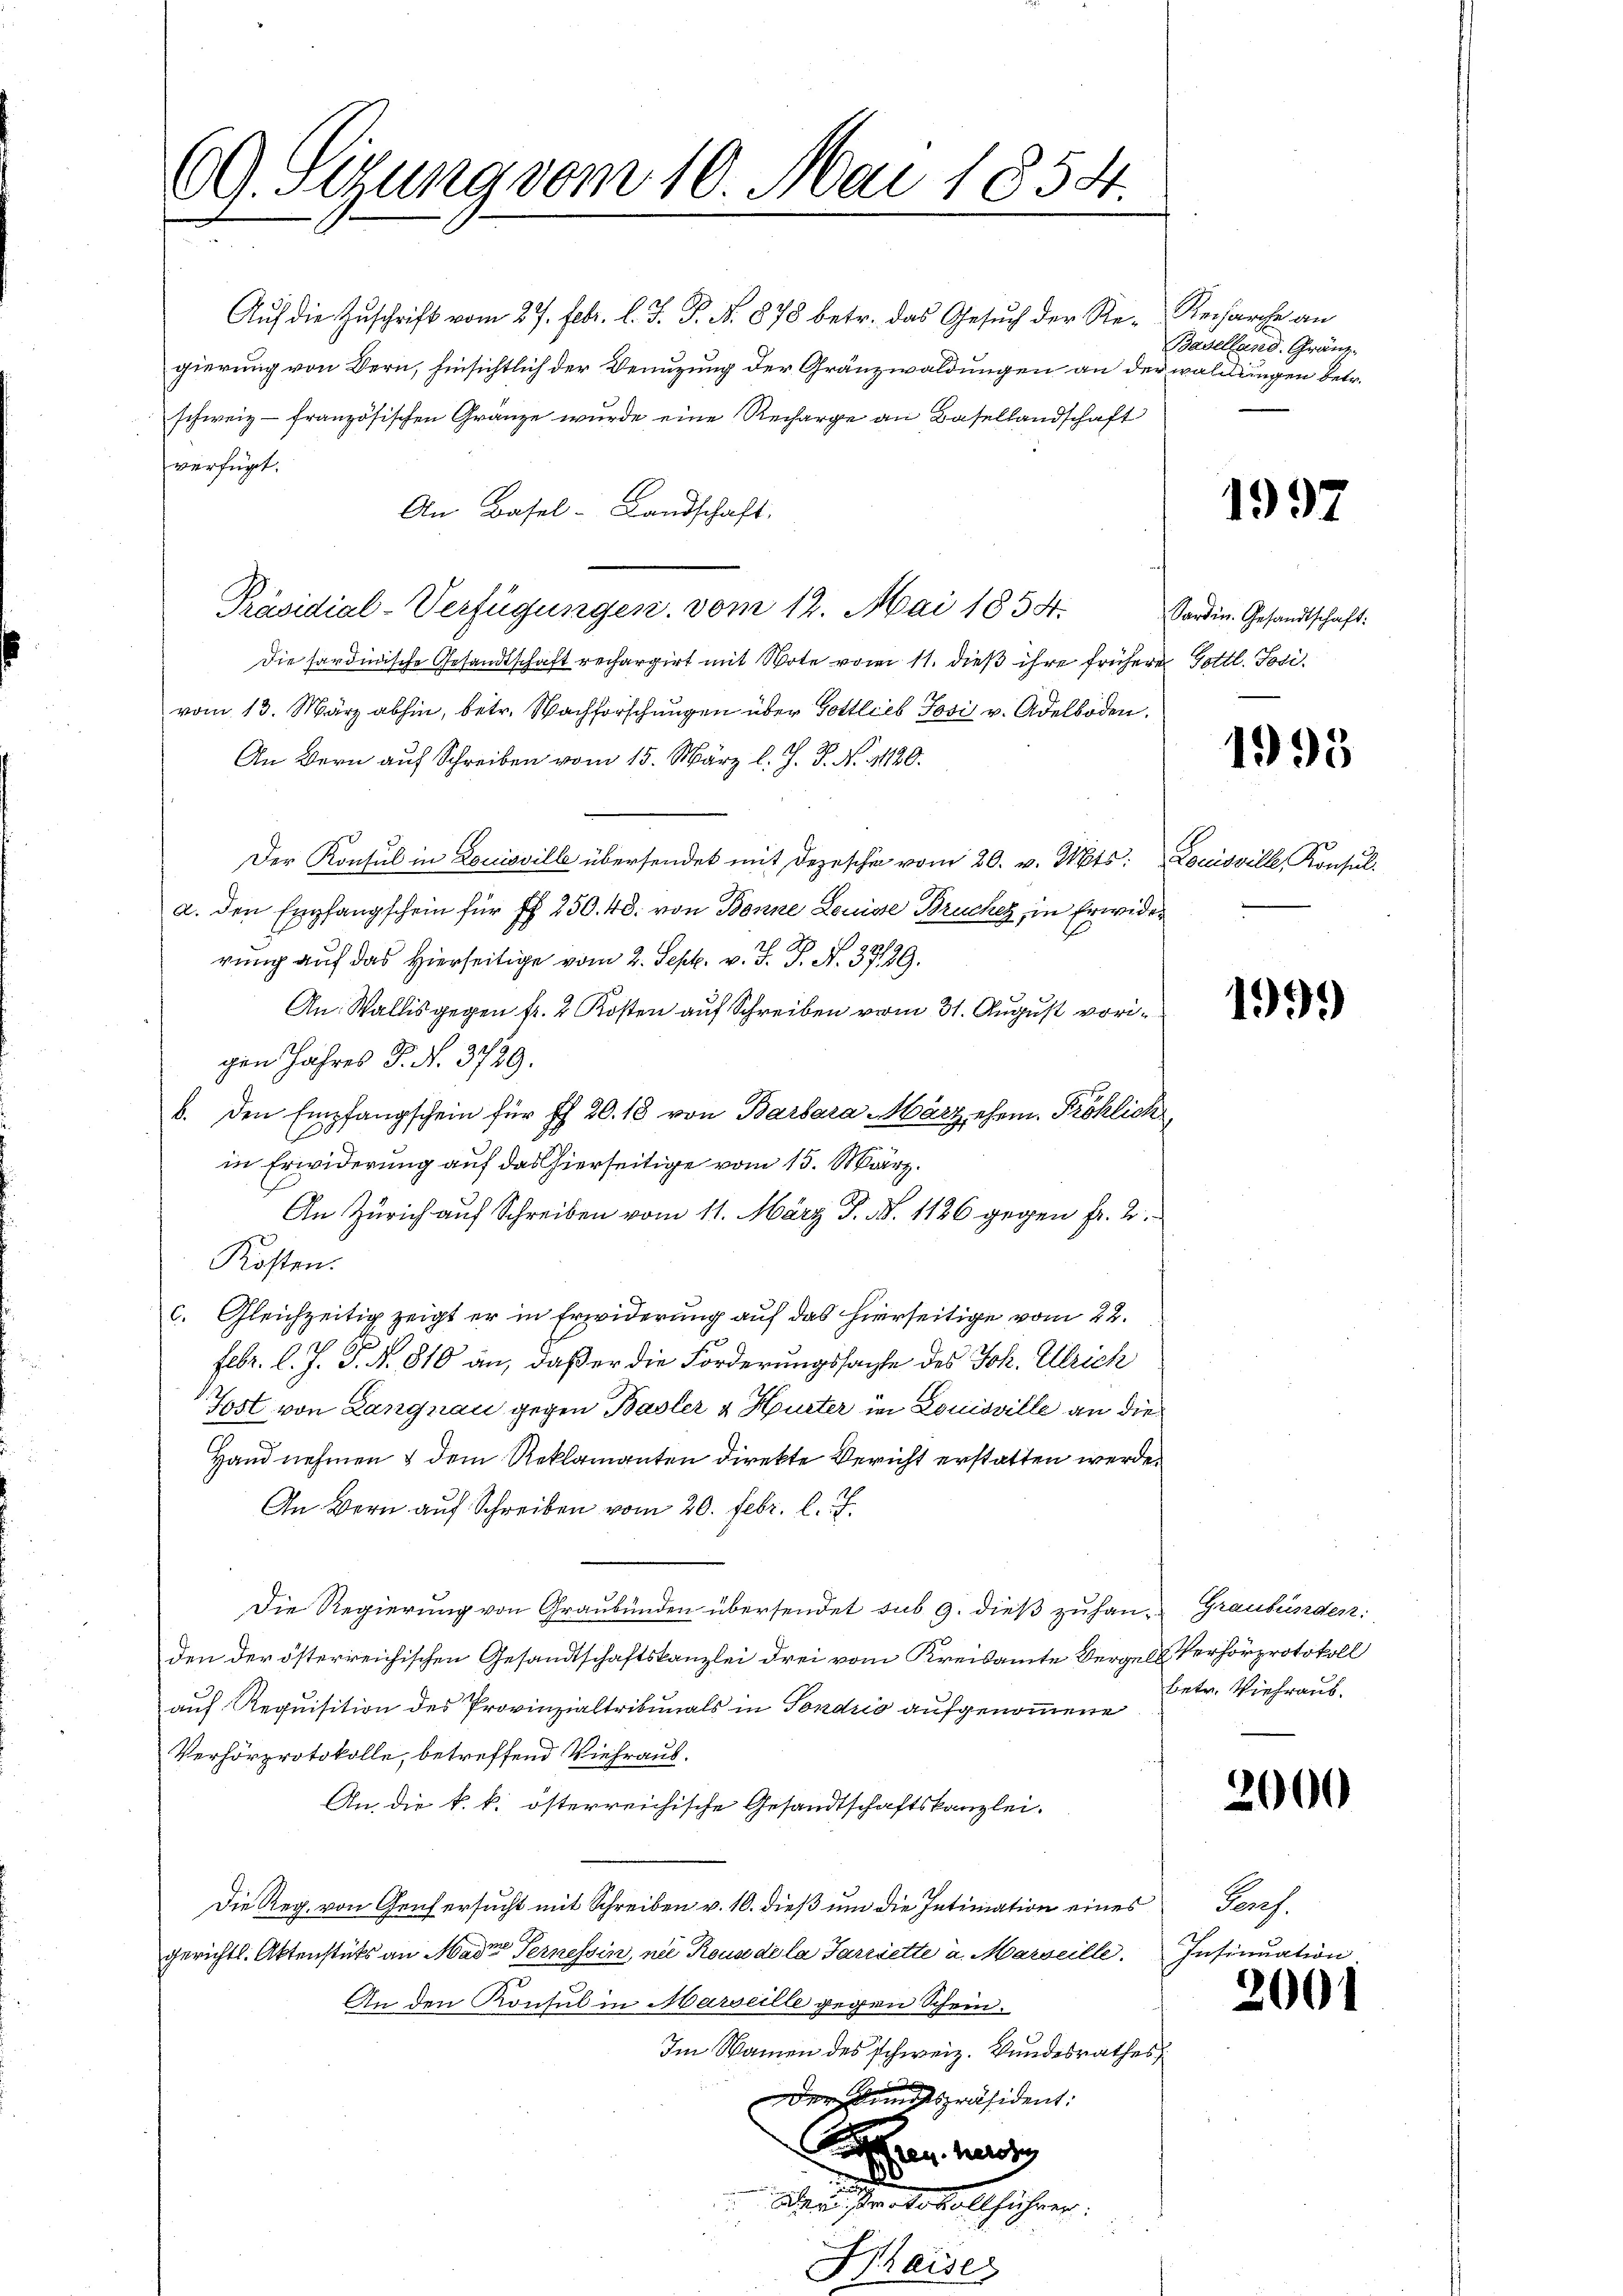
69. Sizung vom 10. Mai 1854.

gierung von Bern, hinsichtlich der Benuzung der Gränzwaldungen an der waldungen betr.
schweiz - französischen Gränze wurde eine Recharge an Basellandschaft
verfügt:
An Basel-Landschaft.
Präsidial-Verfügungen. vom 12. Mai 1854.
Die sardinische Gesandtschaft rechargirt mit Note vom 11. dieß ihre frühere Gottl. Josivom 13. März abhin, betr. Nachforschungen über Gottlieb Josis v. Adelboden.
An Bern auf Schreiben vom 15. März l. J. J. N. 41120.
Der Konsul in Louisville übersendet mit Depesche vom 20. v. Mts.
a. den Empfangschein für ff. 250. 40. von Bonne Louisse Bruchen, in Erwider
rung auf das Hierseitige vom 2. Sept. v. J. J. N. 37139.
An: Wallis gegen fr. 2 Kosten auf Schreiben vom 31. August vorigen Jahres J. N. 3729.
b. den Empfangschein für fl. 20. 18 von Barbara März ehem. Fröhlich
in Erwiderung auf das hierseitige vom 15. März.
An Zürich auf Schreiben vom 11. März d. N. 1126 gegen Fr. 2.
Kosten.
c. Gleichzeitig zeigt er in Erwiderung auf das hierseitige vom 22.
Febr. l. J. P. N. 810 an, daß er die Forderungssache des Joh. Ulrich
Jost von Langnau gegen Basler & Huster in Louisville an die
Hand nehmen & dem Reklamanten direkte Bericht erstatten werde.
An Bern auf Schreiben vom 20. Febr. l. J.
Die Regierung von Graubünden übersendet sub 9. dieß zuhan- Graubünden:
den der österreichischen Gesandtschaftskanzlei drei vom Kreisamte Verges Verhörprotokoll
auf Requisition des Provinzialtribunals in Sondris aufgenommene
Verhörprotokolle, betreffend Viehraus.
An die k. k. österreichische Gesandtschaftskanzlei-
Die Reg. von Genf ersucht mit Schreiben v. 10. dieß um die Intimation eines
gerichtl. Aktenstüks an Mader Ternessin, nie Rouse de la Parisette u. Marseille. Insinuation
An den Konsul in Marseille gegen Schein.
Im Namen des schweiz. Bundesrathes
Der Richtspräsident:
aran hast g
Warsten totallhöher
Kaiser

Auf die Zuschrift vom 27. Febr. l. J. P. N. 878 betr. das Gesuch der Re- Recharche an

Baselland. Gränz¬

1997

Sardin. Gesandtschaft:

1995

Louisville, Konsul

1999

betr. Viehraub.

2000

Praes.

2001